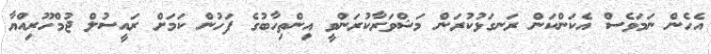
އެހެން ނަމަވެސް އެކަންކަން ރަނގަޅުކުރަން މަޝްވަރާކުރަންވީ އިންތިހާބުގެ ފަހުން ކަމަށް ރައީސުލް ޖުމްހޫރިއްޔާ